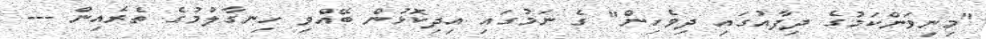
"މިނިވަންކަމުގެ ދިފާއުގައި ދިވެހިން" ގެ ނަމުގައި އިދިކޮޅުން ބޭއްވި ހިނގާލުމުގެ ތެރެއިން ---